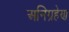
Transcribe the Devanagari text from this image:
अनिग्रहेण